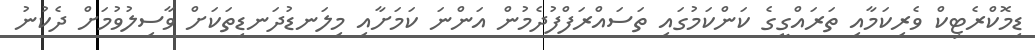
ޑިމޮކްރެޓިކް ވެރިކަމާއި ތަރައްގީގެ ކަންކަމުގައި ތަސައްރަފްފުދެމުން އަންނަ ކަމަށާއި މިލަނޑުދަނޑިތަކަށް ވާސިލުވުމަށް ދެކުނު